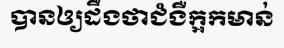
បានឲ្យដឹងថាជំងឺក្អកមាន់